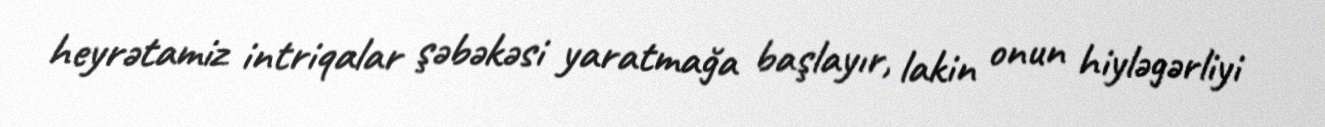
heyrətamiz intriqalar şəbəkəsi yaratmağa başlayır, lakin onun hiyləgərliyi